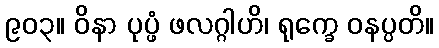
၉၀၃။ ဝိနာ ပုပ္ဖံ ဖလဂ္ဂါဟိ၊ ရုက္ခေ ဝနပ္ပတိ။